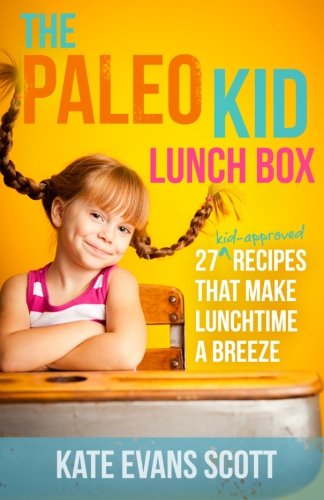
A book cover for The Paleo Kid Lunch Box: 27 Kid-Approved Recipes That Make Lunchtime A Breeze (Primal Gluten Free Kids Cookbook); Kate Evans Scott; Health, Fitness & Dieting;